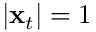
| { \bf x } _ { t } | = 1